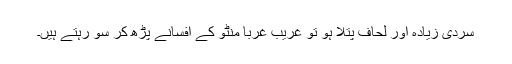
سردی زیادہ اور لحاف پتلا ہو تو غریب غربا منٹو کے افسانے پڑھ کر سو رہتے ہیں۔